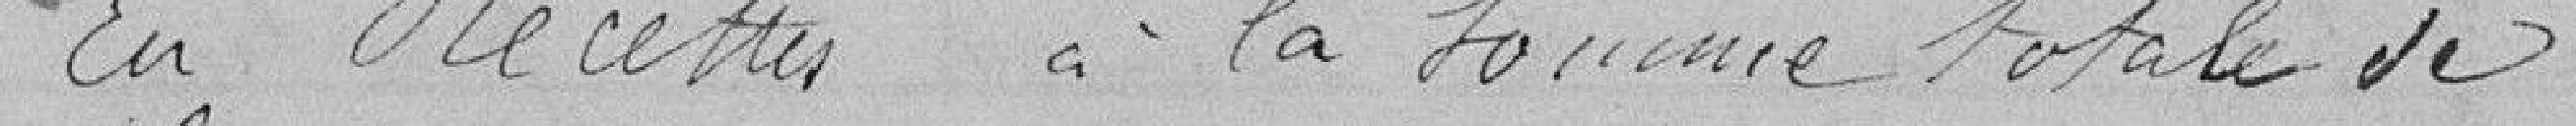
En Recettes à la somme totale de